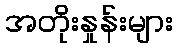
အတိုးနှုန်းများ